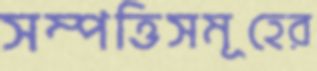
সম্পত্তিসমূহের